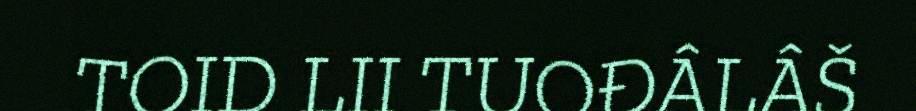
TOID LII TUOĐÂLÂŠ